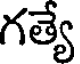
గత్యే